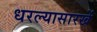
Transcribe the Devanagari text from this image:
धरल्यासारखें